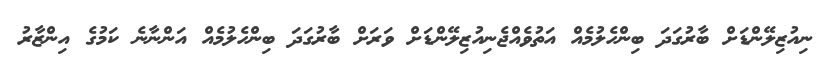
ނިއުޒިލޭންޑަށް ބާރުގަދަ ބިންހެލުމެއް އަތުވެއްޖެނިއުޒިލޭންޑަށް ވަރަށް ބާރުގަދަ ބިންހެލުމެއް އަންނާނެ ކަމުގެ އިންޒާރު